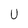
Character: U